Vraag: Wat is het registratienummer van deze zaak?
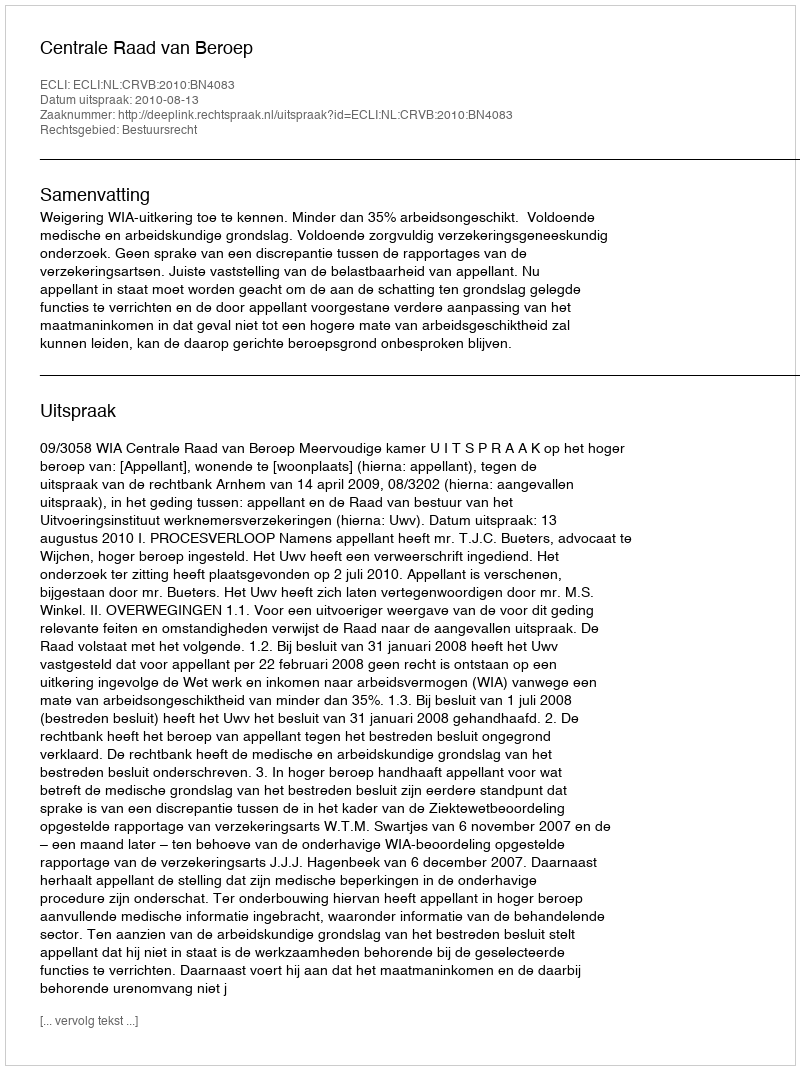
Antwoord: http://deeplink.rechtspraak.nl/uitspraak?id=ECLI:NL:CRVB:2010:BN4083